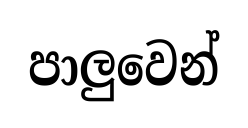
පාලුවෙන්